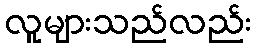
လူများသည်လည်း